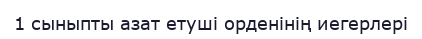
1 сыныпты азат етуші орденінің иегерлері